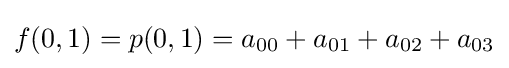
f(0,1)=p(0,1)=a_{00}+a_{01}+a_{02}+a_{03}